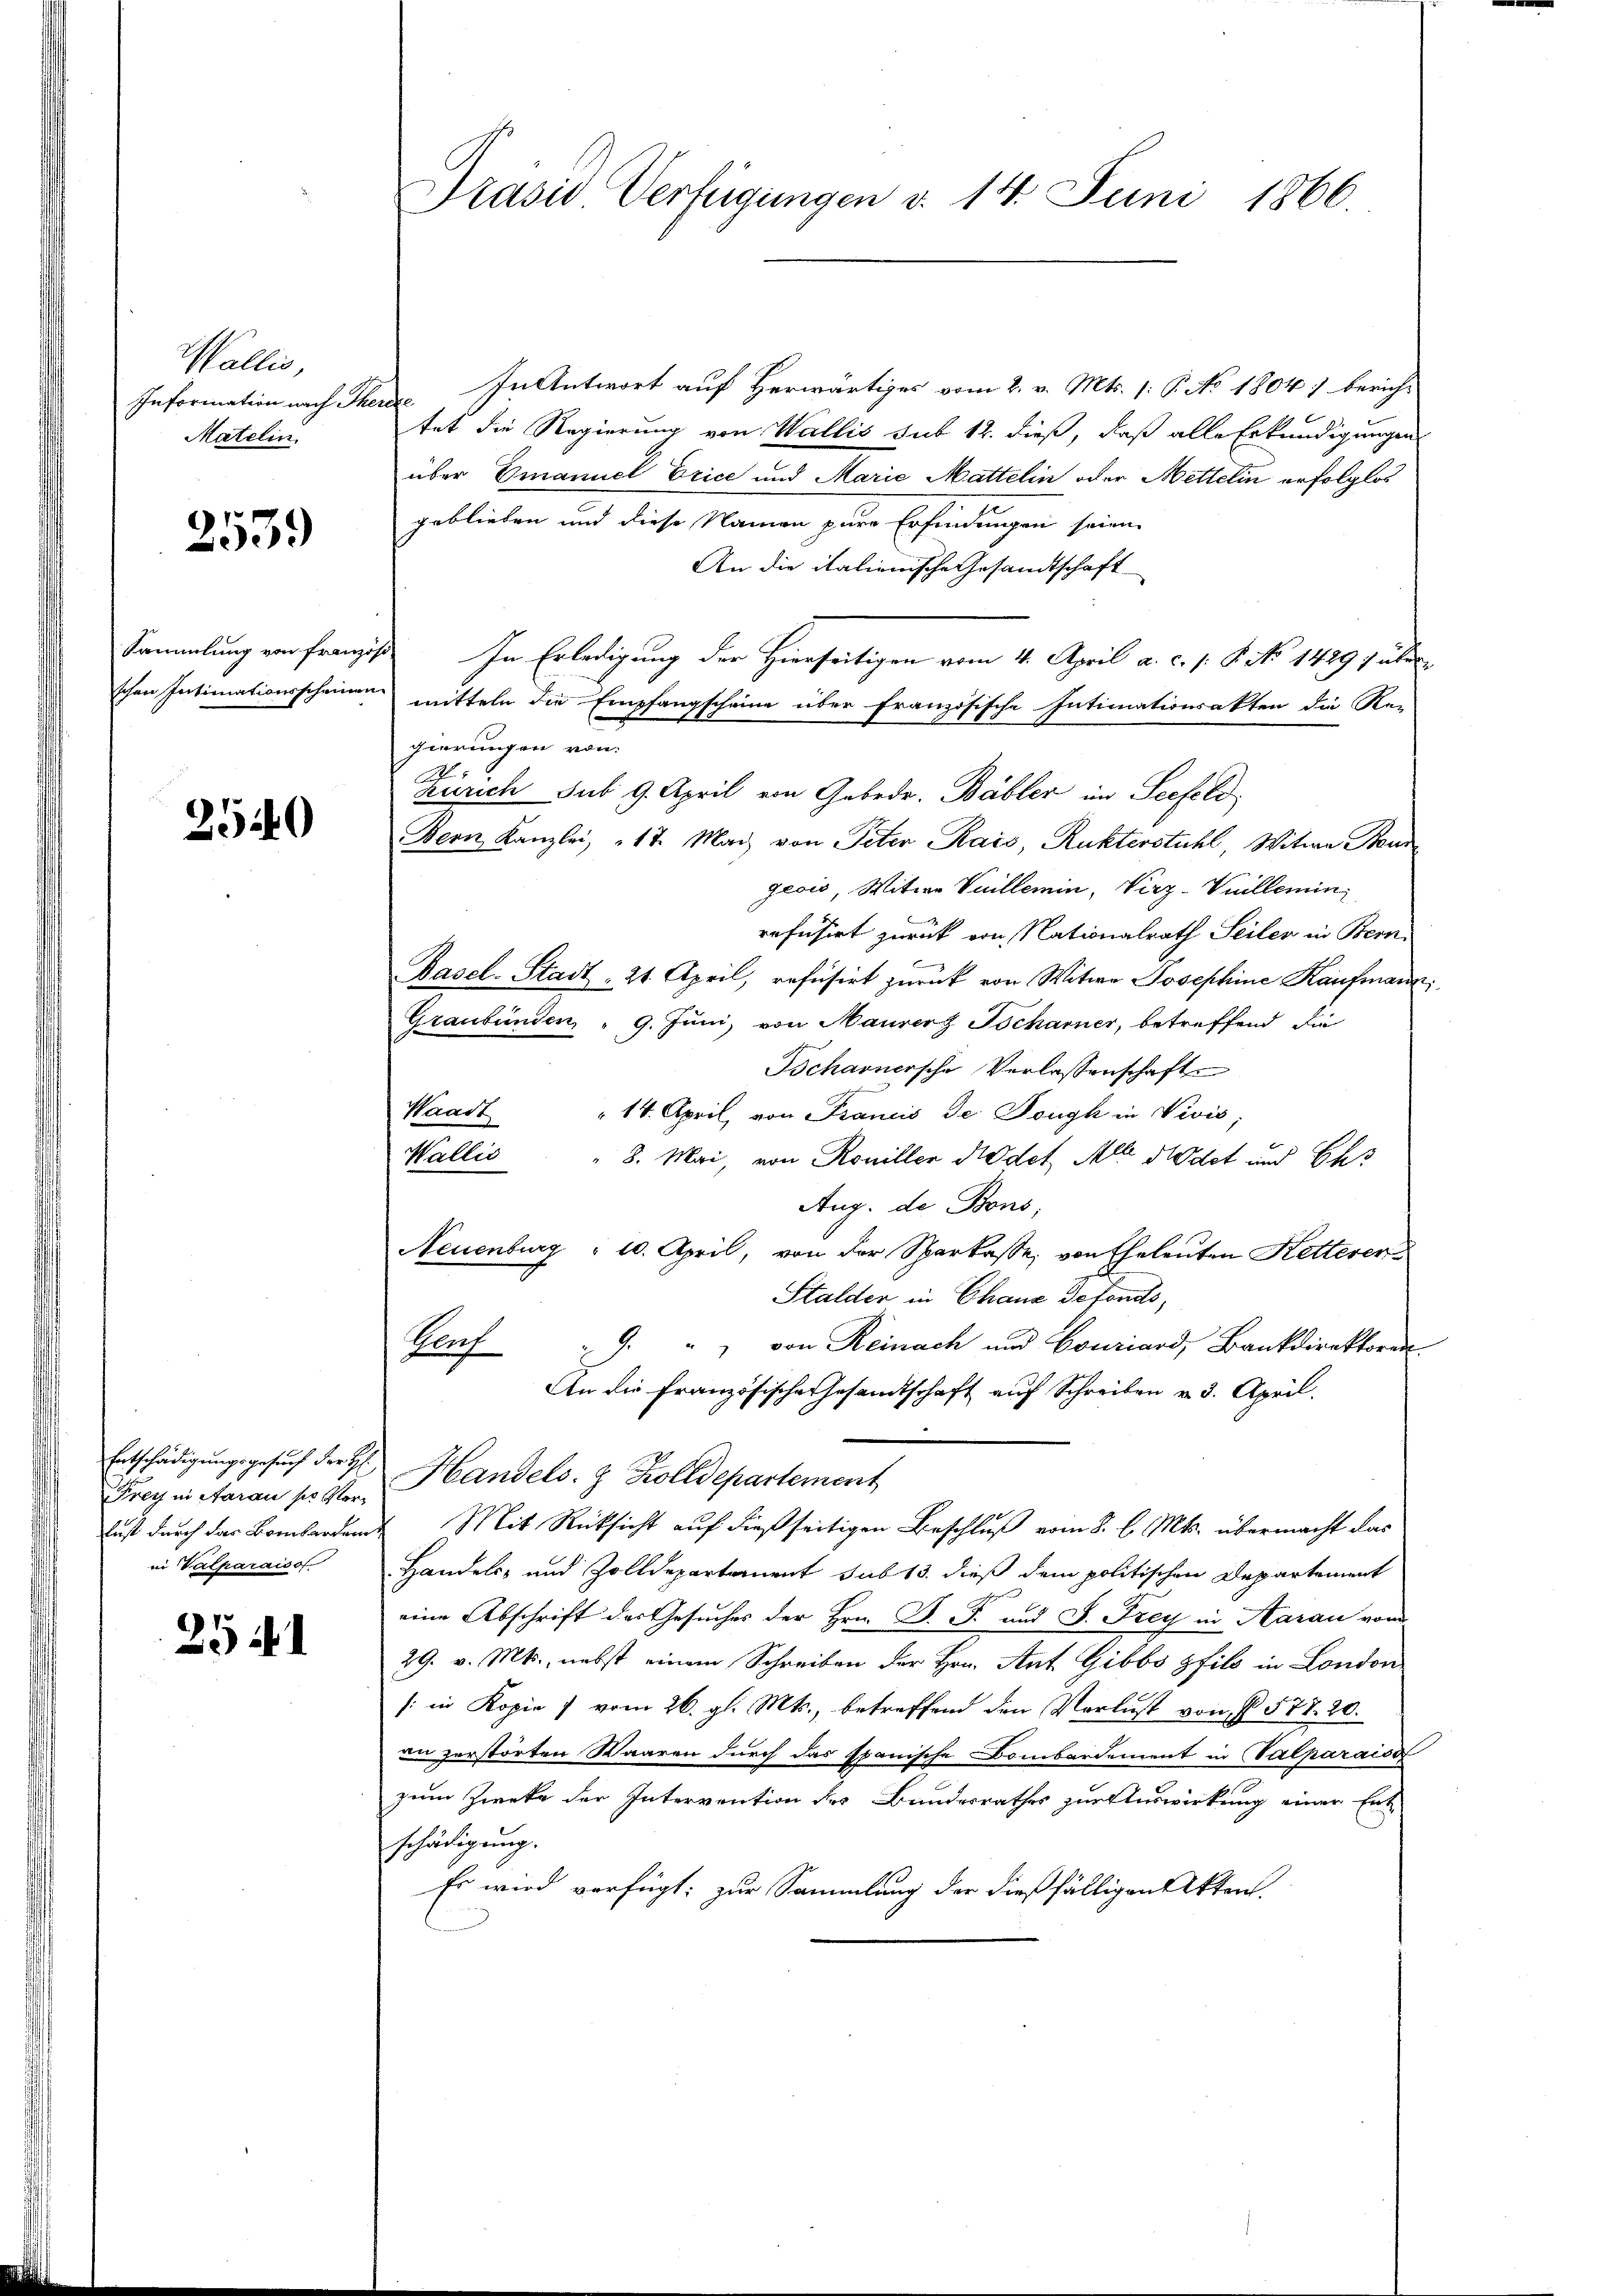
Wallis,
Information nach Ihr
Matelin.

2539)

Sammlung von Franz
schen Intimationsscheinen

2540

Entschädigungsgesuch der Hs.
Frey in Aarau so verlust durch das Bombarden
in Valparaiso

25 f. 1

Präsid Verfügungen d. 14. Juni 1866

In Antwort auf Herwärtiges vom 2. v. Mts. (: P. No 1804) berichzette
tet die Regierung von Wallis sub 12. dieß, daß alle Erkundigungen
über Emanuel Erice und Marie Mattelin oder Mettelin erfolglos
geblieben und diese Namen pure Erfindungen seien
An die italienische Gesandtschaft
1. In Erledigung der Hierseitigen vom 4. April a. c. s. 8. No 1429 f abe
mitteln die Empfangscheine über französische Intimationsakten die Re-
gierungen von
A
Zürich sub 9. April von Gebrde. Bäbler im Seefeld
Bern Kanzlei, 17. Mai von Peter Kais, Rukterstuhl, Witwe Baur
geois, Witwe Vuillemin, Verz-Villemin
refüsirt zurück von Nationalrath Seiler in Bern.
f
Basel-Stadt = 21. April, refusirt zurück von Witwe Josephine Kaufmann
Graubünden, " 9. Juni, von Maurer Tscharner, betreffend die
Tscharnersche Verlassenschaft
Waadt
" 14. April, von Francis de Fough in Vivis;
Wallis
 8. Mai, von Roniller Kadet Alle Niedet und Chr
Aug. de Bons,
Neuenburg " 10. April, von der Sparkasse, von Eheleuten Ketterer
Stalder in Chaus Defonds,
", von Reinach und Couriard, Bankdirektoren
Aauf
An die Französische Gesandtschaft auf Schreiben v. 3. April.
Handels- & Zolldepartement
Mit Rücksicht auf dießseitigen Beschluß vom 8. d. Mts. übermacht das
Handels- und Zolldepartement sub 13. dieß dem politischen Departement
eine Abschrift des Gesuches der Hrn. D. P. und J. Frey in Aarau vom
29. v. Mts., nebst einem Schreiben der Hrn. Ant. Gibbo pfils in London
/:in Kopie 7 vom 26. gl. Mts., betreffend den Verlust von § 577. 20.
in zerstörten Waaren durch das spanische Bombardement in Salparaiss
zum Zwecke der Intervention des Bundesrathes zur Auswirkung einer Ent-
schädigung.
Es wird verfügt: zur Sammlung der dießfälligen Akten.